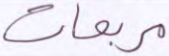
مربعات